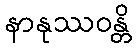
နာနုဿဝန္တိ